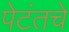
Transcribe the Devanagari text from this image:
पेटंतचे